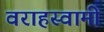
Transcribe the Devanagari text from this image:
वराहस्‍वामी